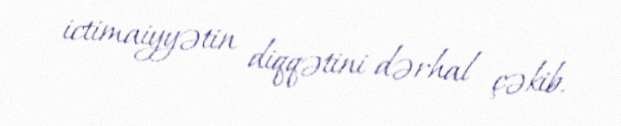
ictimaiyyətin diqqətini dərhal çəkib.